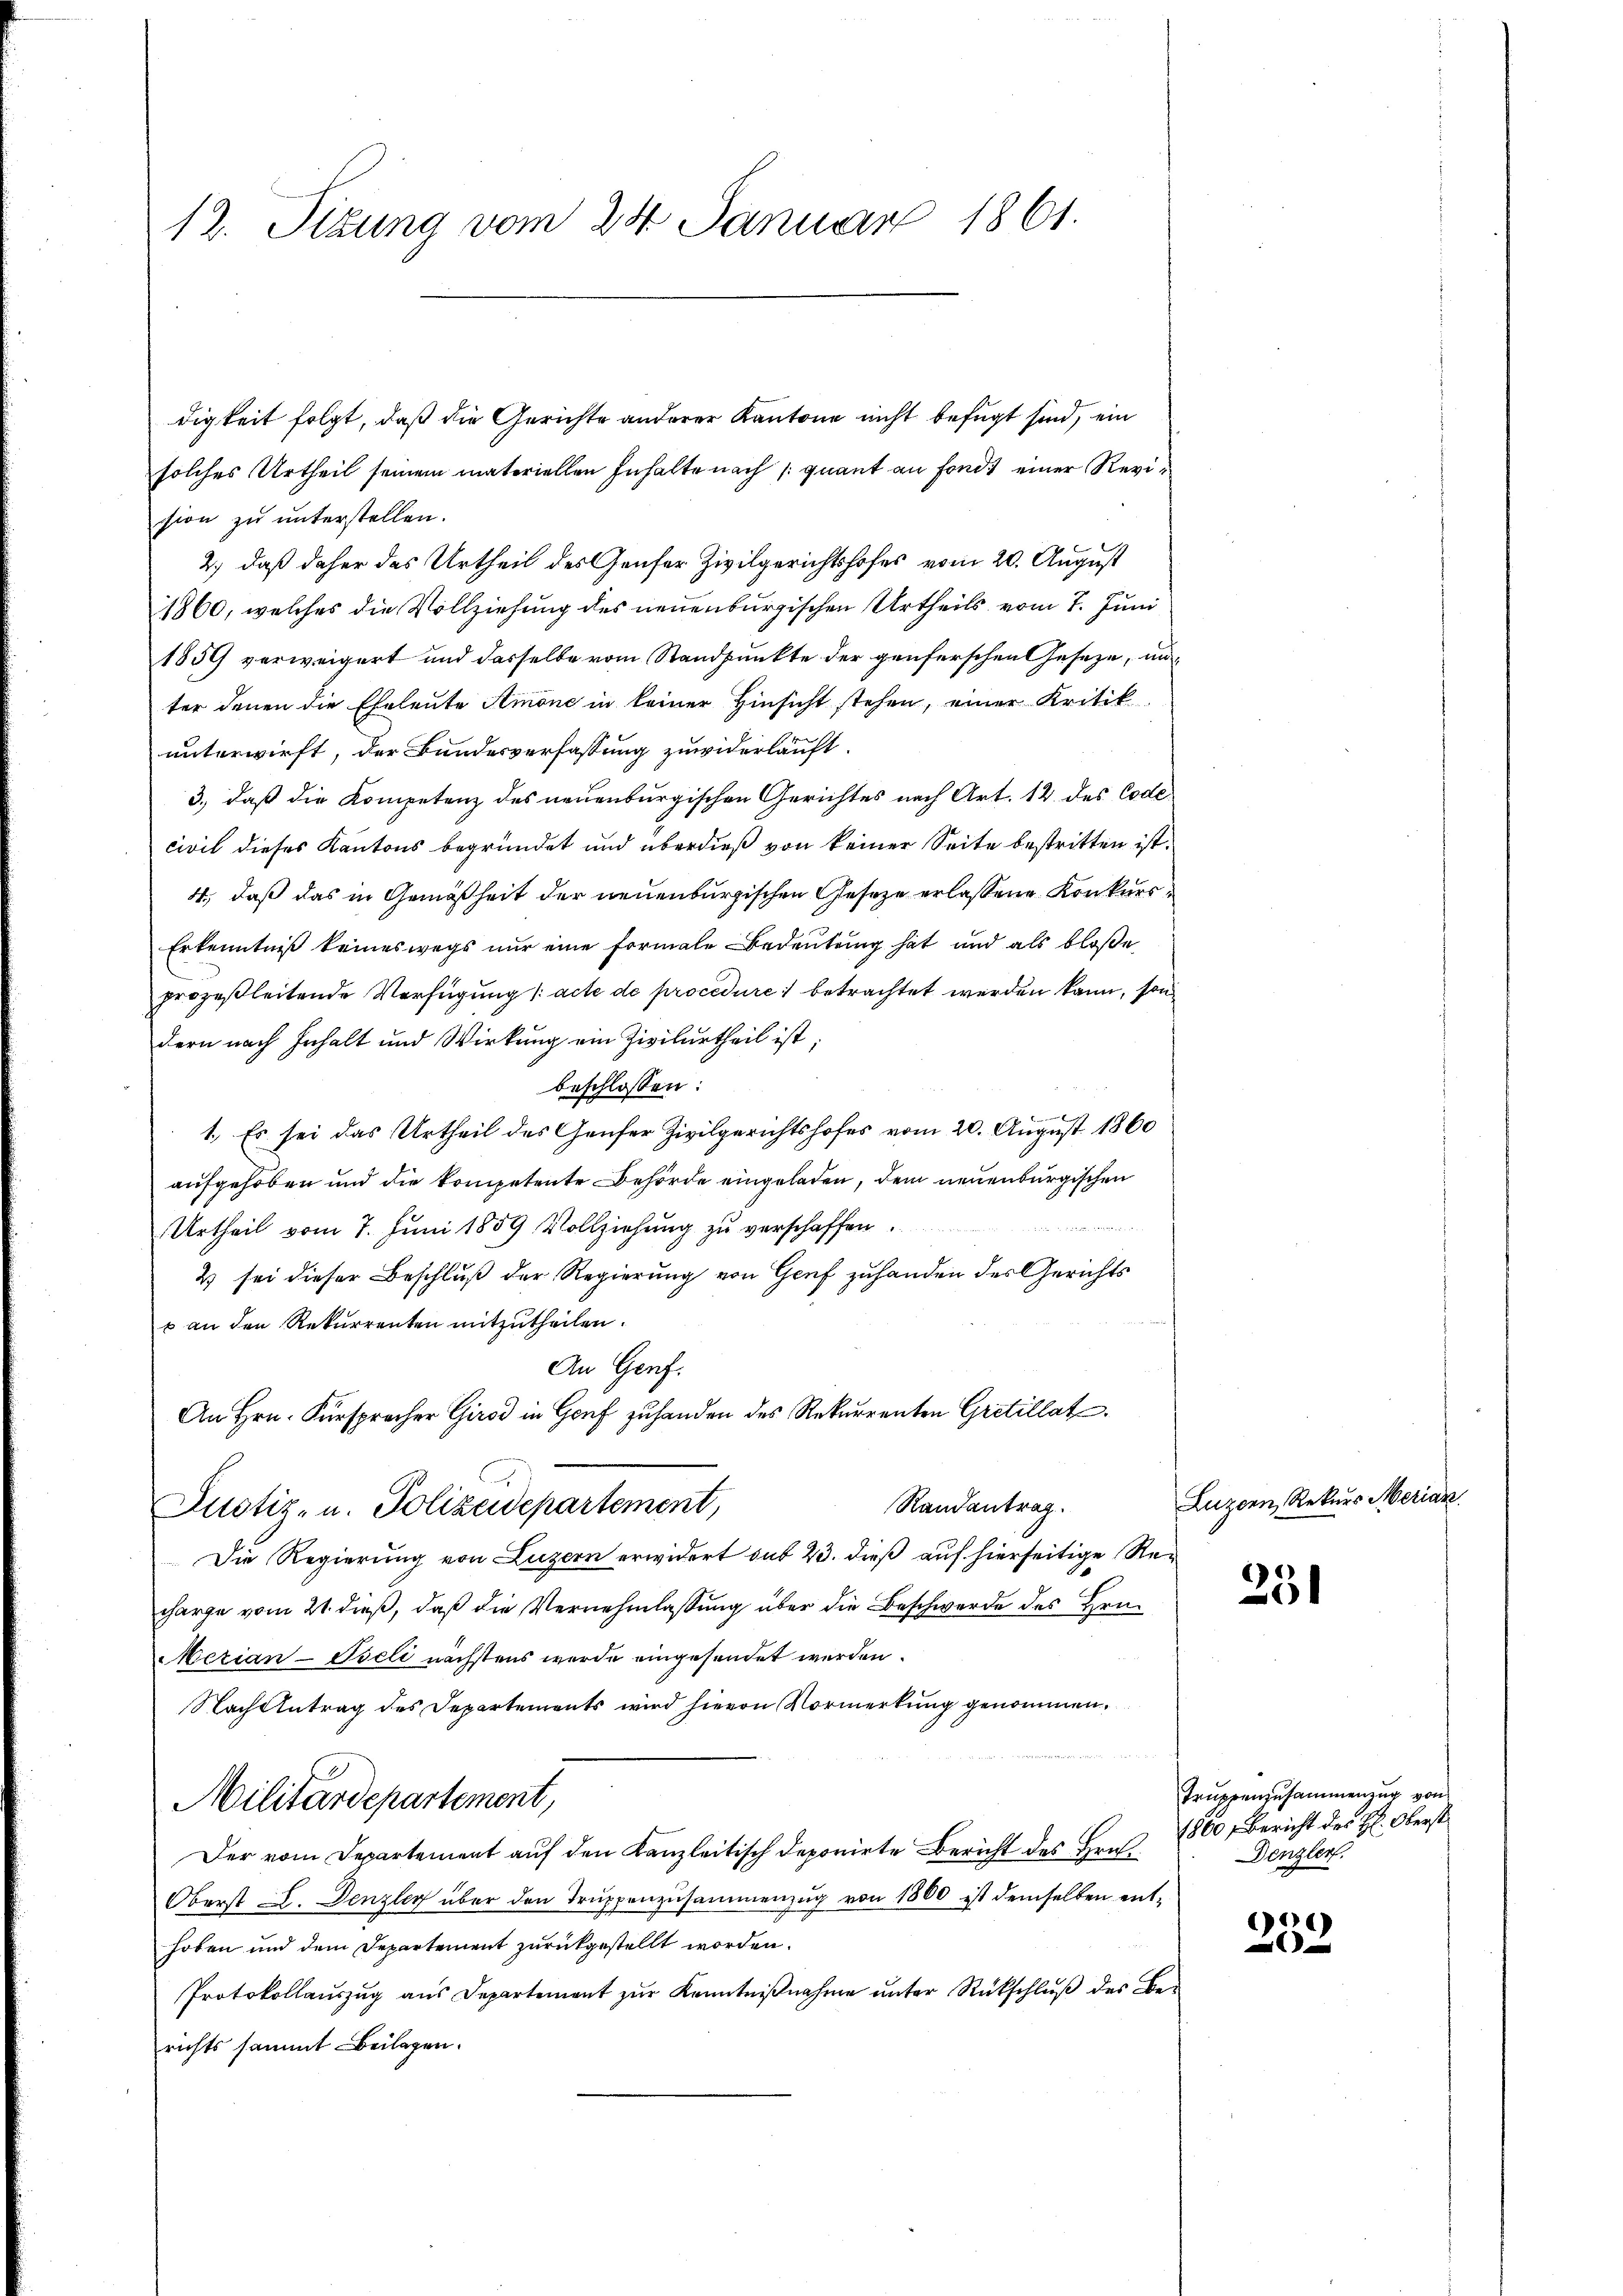
12. Sizung vom 24. Januar 1861.

digkeit folgt, daß die Gerichte anderer Kantone nicht befugt sind, ein
solches Urtheil seinem materiellen Inhalte nach (quant an Fonds einer Revision zu unterstellen.
2.) daß daher das Urtheil des Genfer Zivilgerichtshofes vom 20. August
1860, welches die Vollziehung des neuenburgischen Urtheils vom 7. Juni
1859 verweigert und dasselbe vom Standpunkte der genferschen Geseze, un
ter denen die Eheleute Amone in keiner Hinsicht stehen, einer Kritik
unterwirft, der Bundesverfassung zuwiderläuft.
3., daß die Kompetenz des neuenburgischen Gerichtes nach Art. 12 des Code
civil dieses Kantons begründet und überdieß von keiner Seite bestritten ist.
4., daß das in Gemäßheit der neuenburgischen Geseze erlassene Konkurs¬
Erkenntniß keineswegs nur eine Formale Bedeutung hat und als bloße
prozeßleitende Verfügung (acte de procedure betrachtet werden kann, sondern nach Inhalt und Wirkung ein Zivilurtheil ist;
beschlossen:
1.) Es sei das Urtheil des Genfer Zivilgerichtshofes vom 20. August 1860
aufgehoben und die kompetente Behörde eingeladen, dem neuenburgischen

Urtheil vom 7. Juni 1859 Vollziehung zu verschaffen.
2 sei dieser Beschluß der Regierung von Genf zuhanden des Gerichts
u an den Rekurrenten mitzŭtheilen.
An Genf.
An Hrn. Fürsprecher Giro in Genf zuhanden des Rekurrenten Gretillat
Randantrag
Justiz- u. Polizeidepartement,
Die Regierung von Luzern erwidert sub 23. dieß auf hierseitige Recharge vom 21. dieß, daß die Vernehmlassung über die Beschwerde des Hrn.
Merian-Iseli nächstens wurde eingesendet werden.
Nach Antrag des Departements wird hievon Vormerkung genommen.
Militärdepartement,
Der vom Departement auf den Kanzleitisch deponirte Bericht des Bra
Oberst L. Denzley über den Truppenzusammenzug von 1800 ist demselben enthoben und dem Departement zurückgestellt worden.
Protokollaŭszŭg aŭs Departement zŭr Kenntniβnahme ŭnter Rückschlŭβ des Berichts sammt Beilagen.

Luzern, Rekurs Merian

231

Truppenzusammenzug von
1860, Bericht des H: Oberst
Denzler.

6
e